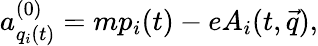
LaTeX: a_{q_{i}(t)}^{(0)}=mp_{i}(t)-eA_{i}(t,\vec{q}),